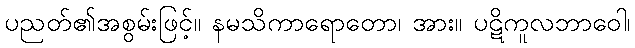
ပညတ်၏အစွမ်းဖြင့်။ နမသိကာရောတော၊ အား။ ပဋိကူလဘာဝေါ၊